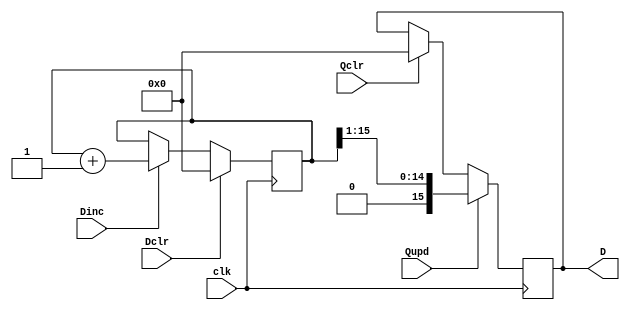
module laserdistancedp(input  wire clk,
                       input wire 	  Qclr, Dclr, Dinc, Qupd,
                       output wire [15:0] D
                       );
   
   reg [15:0] 				  Dctr;
   wire [15:0] 				  Dctr_next;
   
   reg [15:0] 				  Q;
   wire [15:0] 				  Q_next;
   
   always @(posedge clk)
     begin
	Dctr <= Dctr_next;
	Q    <= Q_next;
     end
   
   assign Dctr_next = Dclr ? 16'b0 :
                      Dinc ? Dctr + 16'b1 :
                      Dctr;
   
   assign Q_next    = Qupd ? (Dctr >> 1) : 
                      Qclr ? 16'd0       : Q;
   
   assign D = Q;
   
endmodule